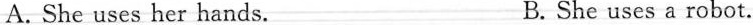
A. She uses her hands. B. She uses a robot.